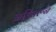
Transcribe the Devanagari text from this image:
गहिवरून